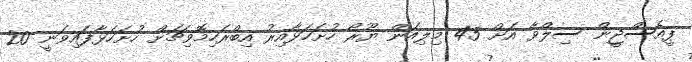
ޕީއެސްޖީން ސިލްވާ އަށް 45 މިލިއަން ޔޫރޯ ހުށަހަޅާއިރު އިބްރަހިމޮވިޗަށް ހުށަހަޅާފައިވަނީ 20